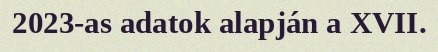
2023-as adatok alapján a XVII.